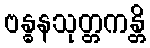
ဗန္ဓနသုတ္တကန္တိ